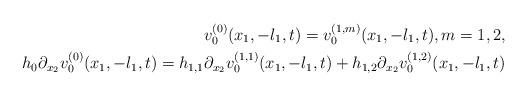
LaTeX: \begin{align*}v^{(0)}_0(x_1,-l_1,t) = v^{(1,m)}_0(x_1,-l_1,t), m=1, 2,\\ h_0 \partial_{x_2}v^{(0)}_0(x_1,-l_1,t) = h_{1,1} \partial_{x_2}v^{(1,1)}_0(x_1,-l_1,t) + h_{1,2} \partial_{x_2}v^{(1,2)}_0(x_1,-l_1,t) \end{align*}